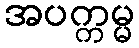
အပက္ကမ္မ